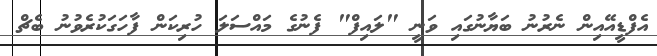
އެފްޑީއޭއިން ނެރުނު ބަޔާނުގައި ވަނީ "ލައިފް" ފެނުގެ މައްސަލަ ހުރިކަން ފާހަގަކުރެވުނު ބެޗް